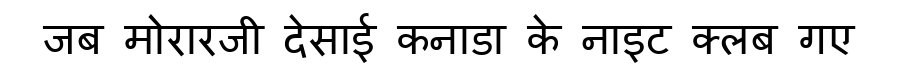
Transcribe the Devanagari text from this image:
जब मोरारजी देसाई कनाडा के नाइट क्लब गए